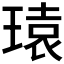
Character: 𪼄